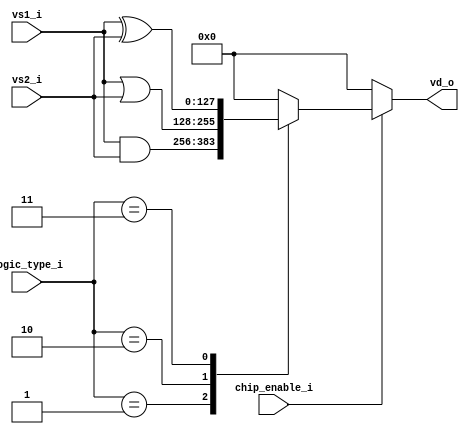
module vector_logic_unit(
	input						chip_enable_i,
	input			[1:0]		logic_type_i,
	input			[127:0]	vs1_i,
	input			[127:0]	vs2_i,
	output reg	[127:0]	vd_o 
);
	always @(*)
		begin
			if(chip_enable_i)
				case(logic_type_i)
					2'b01:
							vd_o	<=		vs1_i	&	vs2_i;
					2'b10:
							vd_o	<=		vs1_i	|	vs2_i;
					2'b11:
							vd_o	<=		vs1_i ^	vs2_i;
					default:
							vd_o	<=		'b0;
				endcase
			else
				vd_o <=	'b0; 
		end
endmodule